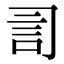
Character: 𧥝